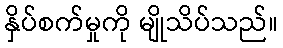
နှိပ်စက်မှုကို မျိုသိပ်သည်။